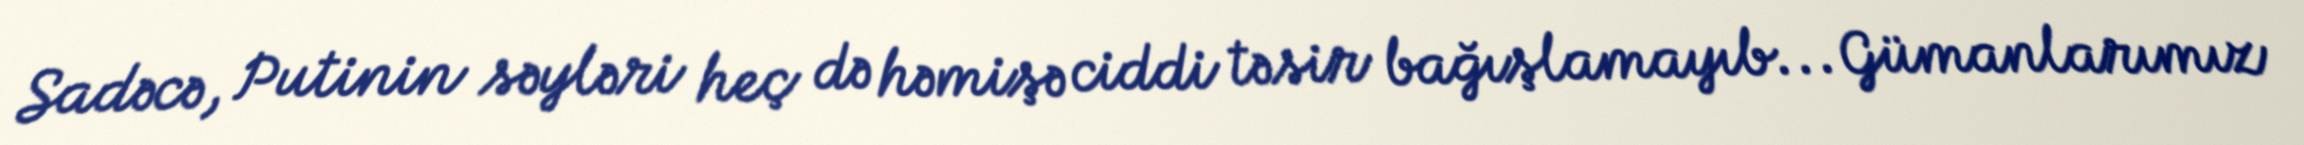
Sadəcə, Putinin səyləri heç də həmişə ciddi təsir bağışlamayıb... Gümanlarımız